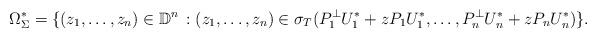
LaTeX: \begin{align*}\Omega_{\Sigma}^*= \{ (z_1,\dots,z_{n}) \in \mathbb D^n \,:(z_1,\dots, z_{n}) \in \sigma_T(P_1^{\perp}U_1^*+zP_1U_1^*, \dots, P_n^{\perp}U_n^*+zP_nU_n^*)\}.\end{align*}